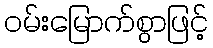
ဝမ်းမြောက်စွာဖြင့်